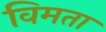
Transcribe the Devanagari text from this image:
विमता